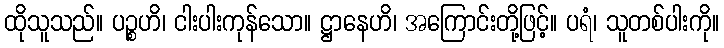
ထိုသူသည်။ ပဉ္စဟိ၊ ငါးပါးကုန်သော။ ဋ္ဌာနေဟိ၊ အကြောင်းတို့ဖြင့်။ ပရံ၊ သူတစ်ပါးကို။